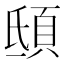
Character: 𩑾